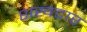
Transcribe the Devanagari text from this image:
शखटार